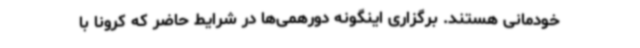
خودمانی هستند. برگزاری اینگونه دورهمی‌ها در شرایط حاضر که کرونا با